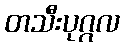
တသီးပုဂ္ဂလ